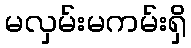
မလှမ်းမကမ်းရှိ